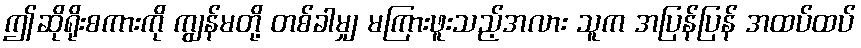
ဤဆိုရိုးစကားကို ကျွန်မတို့ တစ်ခါမျှ မကြားဖူးသည့်အလား သူက အပြန်ပြန် အထပ်ထပ်